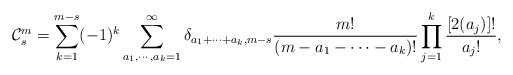
LaTeX: \begin{align*}\mathcal{C}_{s}^{m}=\sum_{k=1}^{m-s}(-1)^{k}\sum_{a_{1},\cdots,a_{k}=1}^{\infty}\delta_{a_{1}+\cdots+a_{k},m-s}\frac{m!}{(m-a_{1}-\cdots-a_{k})!}\prod_{j=1}^{k}\frac{[2(a_{j})]!}{a_{j}!},\end{align*}